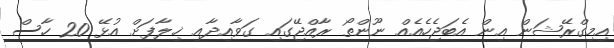
އިމިގްރޭޝަން އިން އެބަޖެހެއެއް ނޫންތޯ ރާއްޖޭގައި ގަވާއިދާއި ޚިލާފަށް އުޅޭ 20 ހާސް